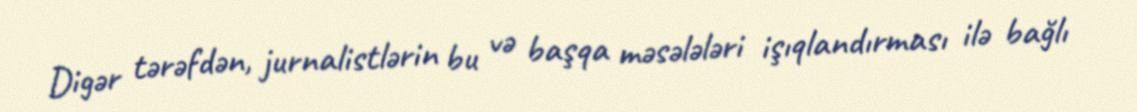
Digər tərəfdən, jurnalistlərin bu və başqa məsələləri işıqlandırması ilə bağlı